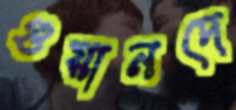
গুয়ানদে